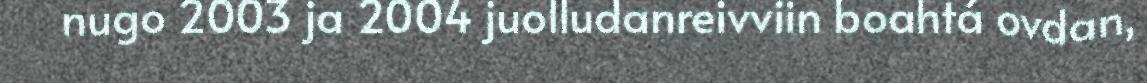
nugo 2003 ja 2004 juolludanreivviin boahtá ovdan,